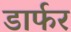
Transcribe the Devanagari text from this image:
डार्फर